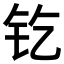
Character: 𨰿